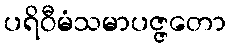
ပရိဝီမံသမာပဇ္ဇတော